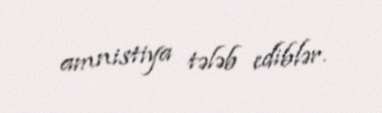
amnistiya tələb ediblər.